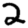
Digit: 2